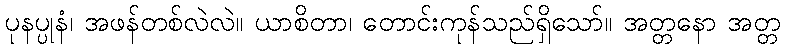
ပုနပ္ပုနံ၊ အဖန်တစ်လဲလဲ။ ယာစိတာ၊ တောင်းကုန်သည်ရှိသော်။ အတ္တနော အတ္တ